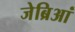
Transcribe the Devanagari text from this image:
जेब्रिआं